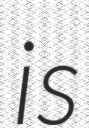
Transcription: is